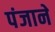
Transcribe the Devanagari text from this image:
पंजाने